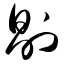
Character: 剐